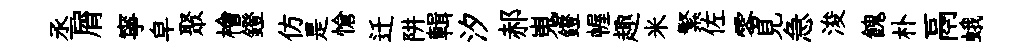
丞屑寧皁聚檜鐙仿是愴迁阱輯汐郝嵬鐙幄趣米繁佐零見急浚餽朴鬲蛾